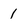
Character: 1